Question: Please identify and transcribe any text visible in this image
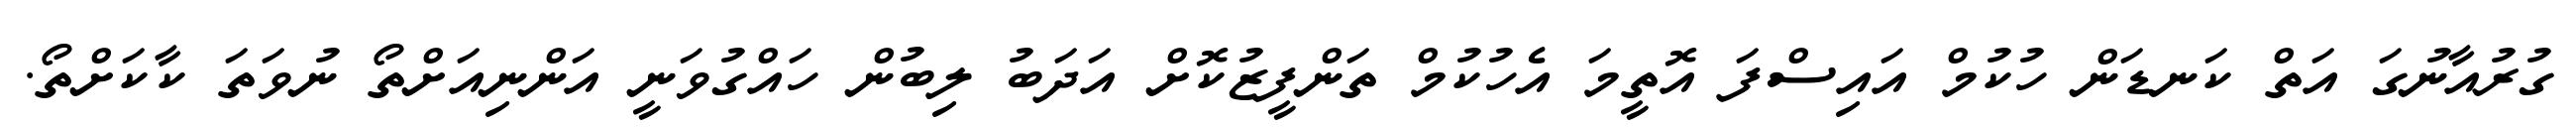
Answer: ގުރުއާނުގަ އަތް ކަނޑަން ހުކުމް އައިސްފަ އޮތީމަ އެހުކުމް ތަންފީޒުކޮށް އަދަބު ލިބުން ހައްގުވަނީ އަންނިއަށްތޯ ނުވަތަ ކާކަށްތޯ.